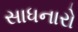
સાધનારો